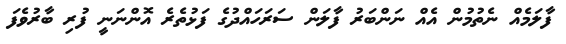
ފާލަމެއް ނެތުމުން އެއް ނަންބަރު ފާލަން ސަރަހައްދުގެ ފަޅުތެރެ އޮންނަނީ ފުރި ބާރުވެފަ